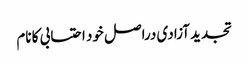
تجدید آزادی دراصل خود احتسابی کا نام